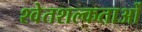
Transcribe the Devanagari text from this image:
श्वेतशल्कताओं